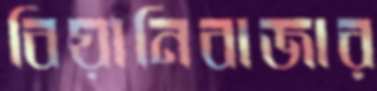
বিয়ানিবাজার